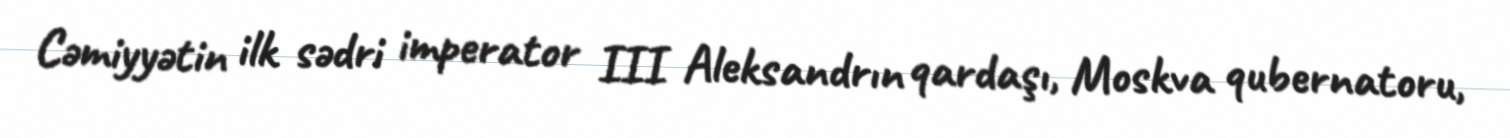
Cəmiyyətin ilk sədri imperator III Aleksandrın qardaşı, Moskva qubernatoru,